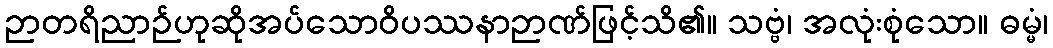
ဉာတရိညာဉ်ဟုဆိုအပ်သောဝိပဿနာဉာဏ်ဖြင့်သိ၏။ သဗ္ဗံ၊ အလုံးစုံသော။ ဓမ္မံ၊